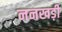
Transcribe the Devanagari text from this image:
ननखड़ी